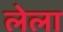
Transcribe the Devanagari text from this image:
लेला